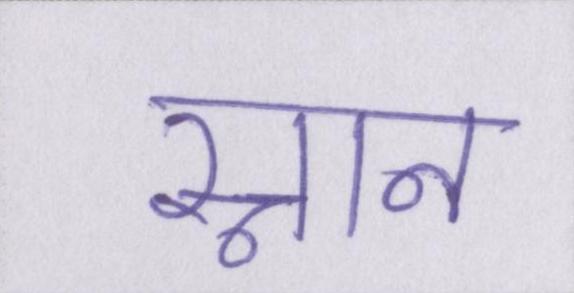
स्नान